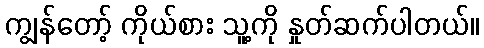
ကျွန်တော့် ကိုယ်စား သူ့ကို နှုတ်ဆက်ပါတယ်။